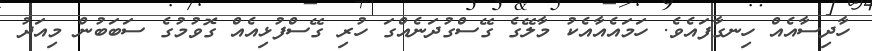
ހާދިސާއެއް ހިނގާފައެވެ. ހަމައެއާއެކު މާލޭގެ ގޭސްގުދަނެއްގަ ހުރި ގޭސްފުޅިއެއް ގޮވުމުގެ ސަބަބުން މިއަދު